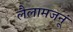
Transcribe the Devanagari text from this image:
लैलामजनूं